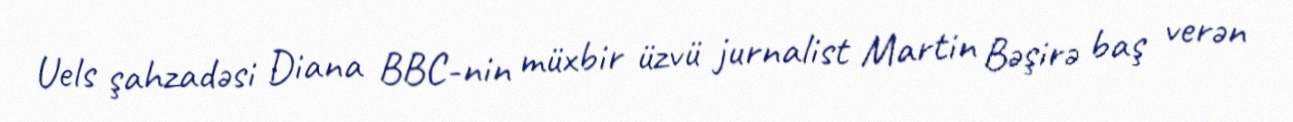
Uels şahzadəsi Diana BBC-nin müxbir üzvü jurnalist Martin Bəşirə baş verən